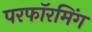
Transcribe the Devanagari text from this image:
परफॉरमिंग